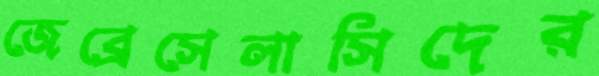
জেব্রেসেলাসিদের